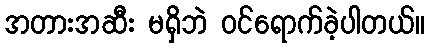
အတားအဆီး မရှိဘဲ ဝင်ရောက်ခဲ့ပါတယ်။